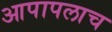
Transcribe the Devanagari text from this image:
आपापलाच